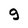
Character: 9